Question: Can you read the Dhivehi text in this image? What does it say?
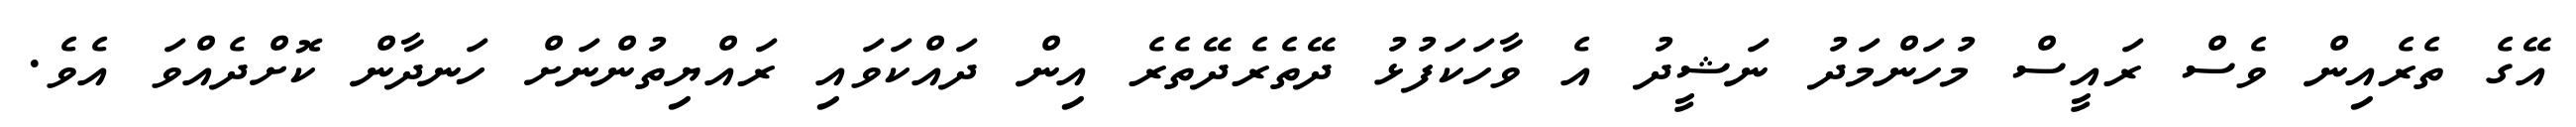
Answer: އޭގެ ތެރެއިން ވެސް ރައީސް މުހަންމަދު ނަޝީދު އެ ވާހަކަފުޅު ދޭތެރެދޭތެރެ އިން ދައްކަވައި ރައްޔިތުންނަށް ހަނދާން ކޮށްދެއްވަ އެވެ.